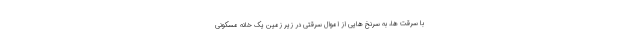
با سرقت ها، به سرنخ هایی از اموال سرقتی در زیر زمین یک خانه مسکونی